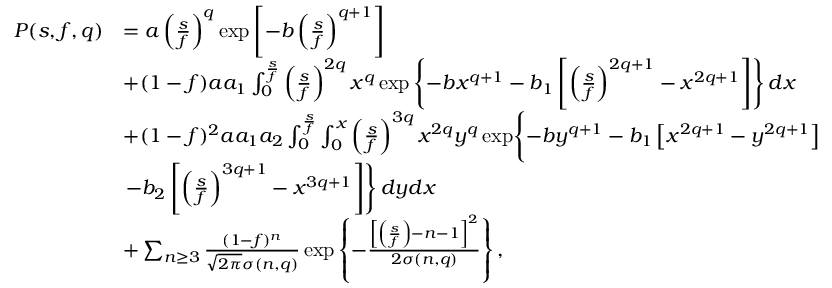
\begin{array} { r l } { P ( s , f , q ) } & { = a \left( \frac { s } { f } \right) ^ { q } \exp \left[ - b \left( \frac { s } { f } \right) ^ { q + 1 } \right] } \\ & { + ( 1 - f ) a a _ { 1 } \int _ { 0 } ^ { \frac { s } { f } } \left( \frac { s } { f } \right) ^ { 2 q } x ^ { q } \exp \left\{ - b x ^ { q + 1 } - b _ { 1 } \left[ \left( \frac { s } { f } \right) ^ { 2 q + 1 } - x ^ { 2 q + 1 } \right] \right\} d x } \\ & { + ( 1 - f ) ^ { 2 } a a _ { 1 } a _ { 2 } \int _ { 0 } ^ { \frac { s } { f } } \int _ { 0 } ^ { x } \left( \frac { s } { f } \right) ^ { 3 q } x ^ { 2 q } y ^ { q } \exp \Biggl \{ - b y ^ { q + 1 } - b _ { 1 } \left[ x ^ { 2 q + 1 } - y ^ { 2 q + 1 } \right] \Biggr . } \\ & { \left. - b _ { 2 } \left[ \left( \frac { s } { f } \right) ^ { 3 q + 1 } - x ^ { 3 q + 1 } \right] \right\} d y d x } \\ & { + \sum _ { n \geq 3 } \frac { ( 1 - f ) ^ { n } } { \sqrt { 2 \pi } \sigma ( n , q ) } \exp \left\{ - \frac { \left[ \left( \frac { s } { f } \right) - n - 1 \right] ^ { 2 } } { 2 \sigma ( n , q ) } \right\} , } \end{array}